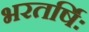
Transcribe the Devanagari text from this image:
भरतर्षिः